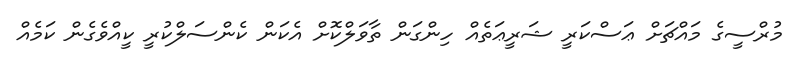
މުރްސީގެ މައްޗަށް ޢަސްކަރީ ޝަރީޢަތެއް ހިންގަން ތާވަލްކޮށް އެކަން ކެންސަލްކުރީ ކީއްވެގެން ކަމެއް